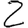
Digit: 2